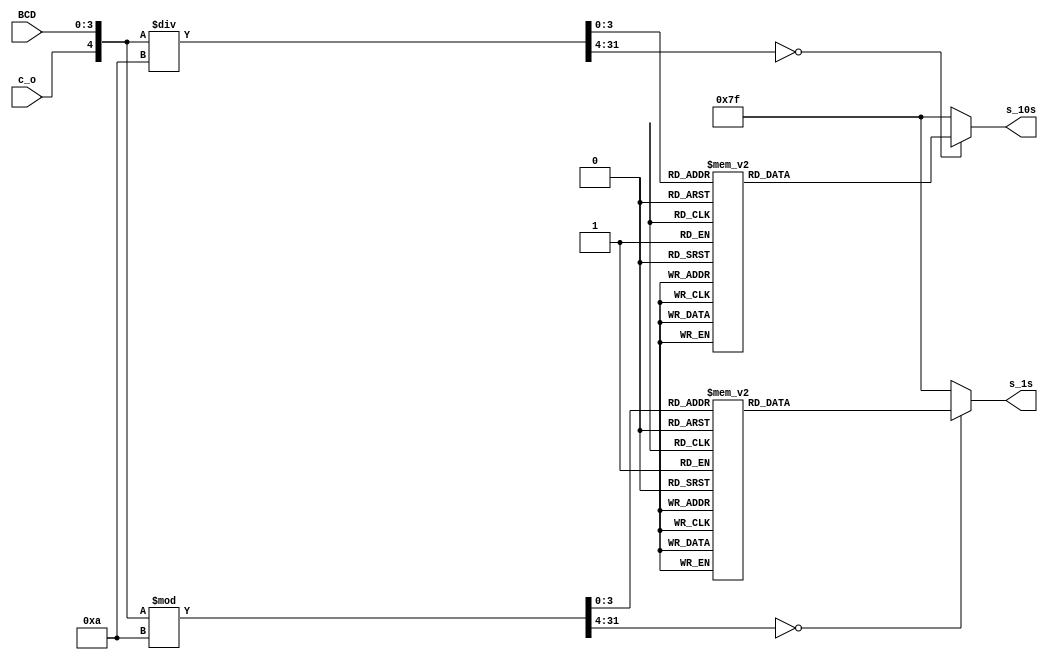
module bcd_to_7seg (input c_o, input [3:0] BCD, output reg [7:0] s_10s, output reg [7:0] s_1s);

reg [7:0] s;
reg[4:0] wCarryOut;
integer digit_10s;
integer digit_1s;

always @ (c_o,BCD)
begin
    wCarryOut={c_o,BCD};  //if want to include carry out in sum(5 bits)
//    wCarryOut={1'b0,BCD};   //if don't want carryout in sum(4 bits)
    digit_10s = wCarryOut/10;
    digit_1s = wCarryOut%10;
    
    case (digit_1s)//ones place
    0: s_1s = 8'b10001000; //active low outputs
    1: s_1s = 8'b11101101; //s6 s5 s4 ... s0
    2: s_1s = 8'b10100010;
    3: s_1s = 8'b10100100; //display 3 on 7-seg
    4: s_1s = 8'b11000101; //display 4 on 7-seg
    5: s_1s = 8'b10010100; //display 5 on 7-seg
    6: s_1s = 8'b10010000; //and so on...
    7: s_1s = 8'b10101101;
    8: s_1s = 8'b10000000;
    9: s_1s = 8'b10000100;
    default: s_1s = 8'b01111111;
    endcase
    case (digit_10s)//ones place
    0: s_10s= 8'b10001000; //active low outputs
    1: s_10s = 8'b11101101; //s6 s5 s4 ... s0
    2: s_10s = 8'b10100010;
    3: s_10s = 8'b10100100; //display 3 on 7-seg
    4: s_10s = 8'b11000101; //display 4 on 7-seg
    5: s_10s = 8'b10010100; //display 5 on 7-seg
    6: s_10s = 8'b10010000; //and so on...
    7: s_10s = 8'b10101101;
    8: s_10s = 8'b10000000;
    9: s_10s = 8'b10000100;
    default: s_10s = 8'b01111111;
    endcase
    
    
end
endmodule